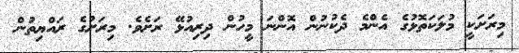
މިރަށަކީ މުލަކަތޮޅުގެ އެންމެ ދެކުނުން އޮންނަ މީހުން ދިރިއުޅޭ ރަށެވެ. މިރަށުގެ ރައްޔިތުން